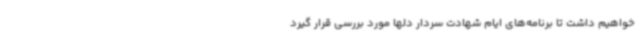
خواهیم داشت تا برنامه‌های ایام شهادت سردار دلها مورد بررسی قرار گیرد